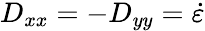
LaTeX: D_{xx}=-D_{yy}=\dot{\varepsilon}